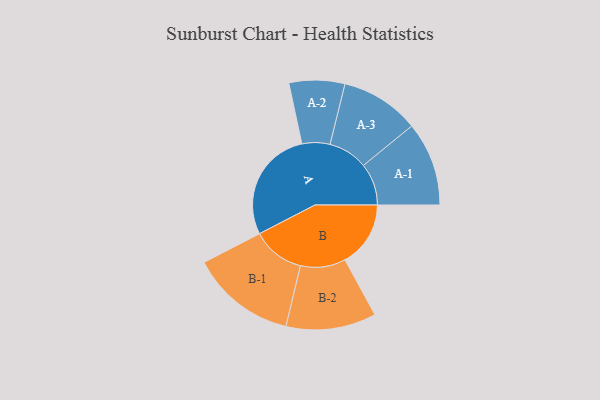
{"axis": {"x": "Segment", "y": "Value"}, "legend": ["", "A", "B"], "data": [{"x": "A", "y": 477, "type": ""}, {"x": "B", "y": 278, "type": ""}, {"x": "A-1", "y": 178, "type": "A"}, {"x": "A-2", "y": 118, "type": "A"}, {"x": "A-3", "y": 167, "type": "A"}, {"x": "B-1", "y": 223, "type": "B"}, {"x": "B-2", "y": 191, "type": "B"}]}